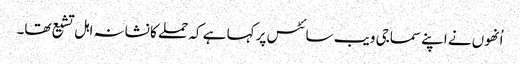
اُنھوں نے اپنے سماجی ویب سائٹس پر کہا ہے کہ حملے کا نشانہ اہل تشیع تھا۔